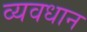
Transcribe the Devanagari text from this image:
व्‍यवधान